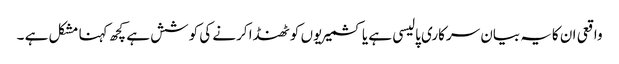
واقعی ان کایہ بیان سرکاری پالیسی ہے یا کشمیریوں کو ٹھنڈا کرنے کی کوشش ہے کچھ کہنا مشکل ہے ۔